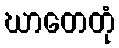
ဃာတေတုံ